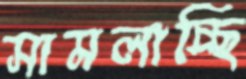
সামলাচ্ছি